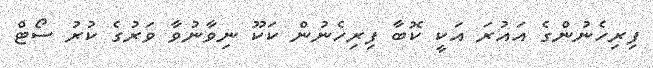
ފިރިހެނުންގެ އައުރަ އަކީ ކޮބާ ފިރިހެނުން ކަކޫ ނިވާނުވާ ވަރުގެ ކުރު ސޯޓް